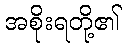
အစိုးရတို့၏